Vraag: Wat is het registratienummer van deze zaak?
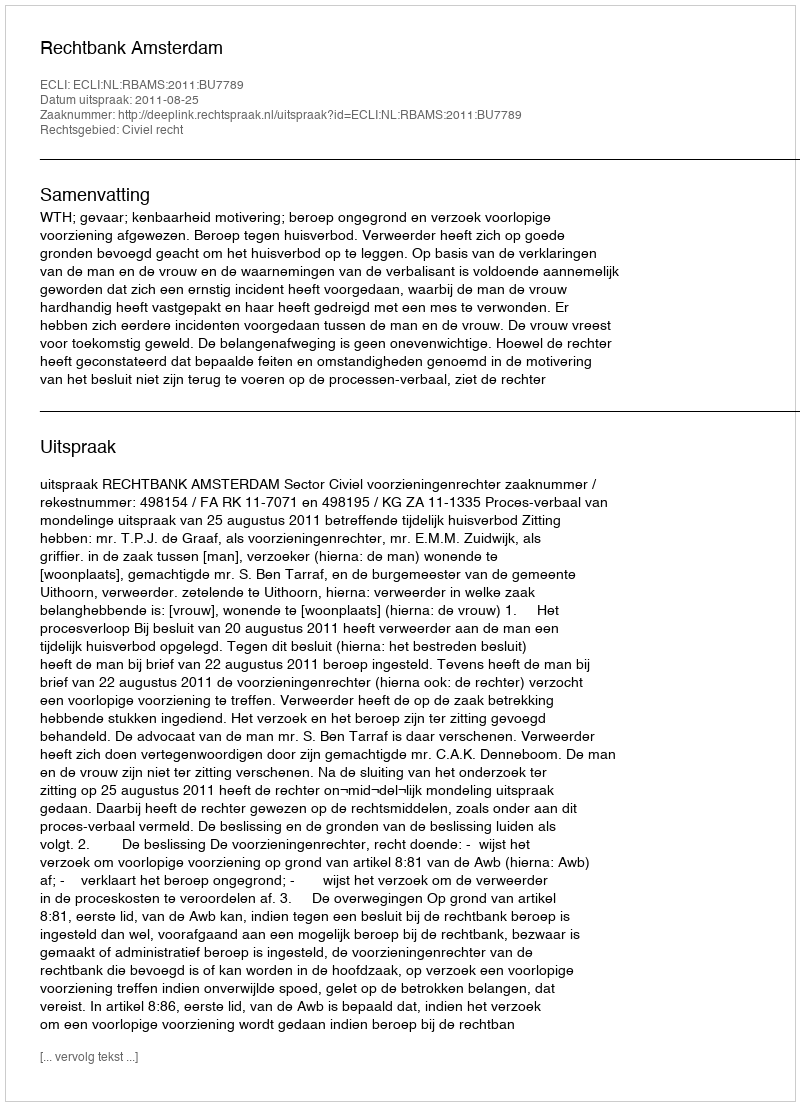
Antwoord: http://deeplink.rechtspraak.nl/uitspraak?id=ECLI:NL:RBAMS:2011:BU7789